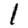
Digit: 1